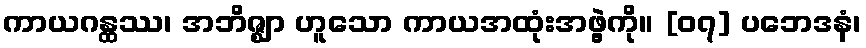
ကာယဂန္ထဿ၊ အဘိဇ္ဈာ ဟူသော ကာယအထုံးအဖွဲ့ကို။ [၀၇] ပဘေဒနံ၊